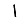
Digit: 1